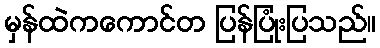
မှန်ထဲကကောင်တ ပြန်ပြုံးပြသည်။